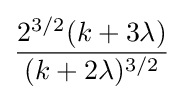
{\frac {2^{3/2}(k+3\lambda )}{(k+2\lambda )^{3/2}}}